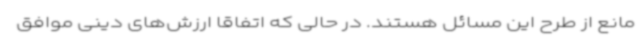
مانع از طرح این مسائل هستند. در حالی که اتفاقا ارزش‌های دینی موافق